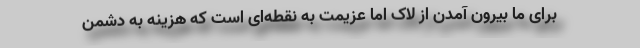
برای ما بیرون آمدن از لاک اما عزیمت به نقطه‌ای است که هزینه به دشمن